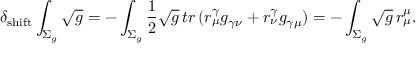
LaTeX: \delta _ { \mathrm { s h i f t } } \int _ { \Sigma _ { g } } \sqrt { g } = - \int _ { \Sigma _ { g } } \frac { 1 } { 2 } \sqrt { g } \, t r \, ( r _ { \mu } ^ { \gamma } g _ { \gamma \nu } + r _ { \nu } ^ { \gamma } g _ { \gamma \mu } ) = - \int _ { \Sigma _ { g } } \sqrt { g } \, r _ { \mu } ^ { \mu } .